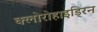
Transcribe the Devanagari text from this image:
क्लोरोहाइड्रिन